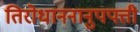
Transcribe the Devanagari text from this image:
तिरोधाननानुपपत्ती